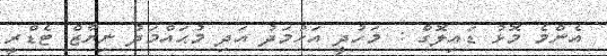
އެންމެ މޮޅު ޑައިލޮގް : މަހުދީ އަހުމަދު އަދި މުޙައްމަދު ނިޔާޒް ޓެޑްރީ